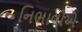
નિભાવીએ